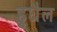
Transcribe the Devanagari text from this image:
हुधैल